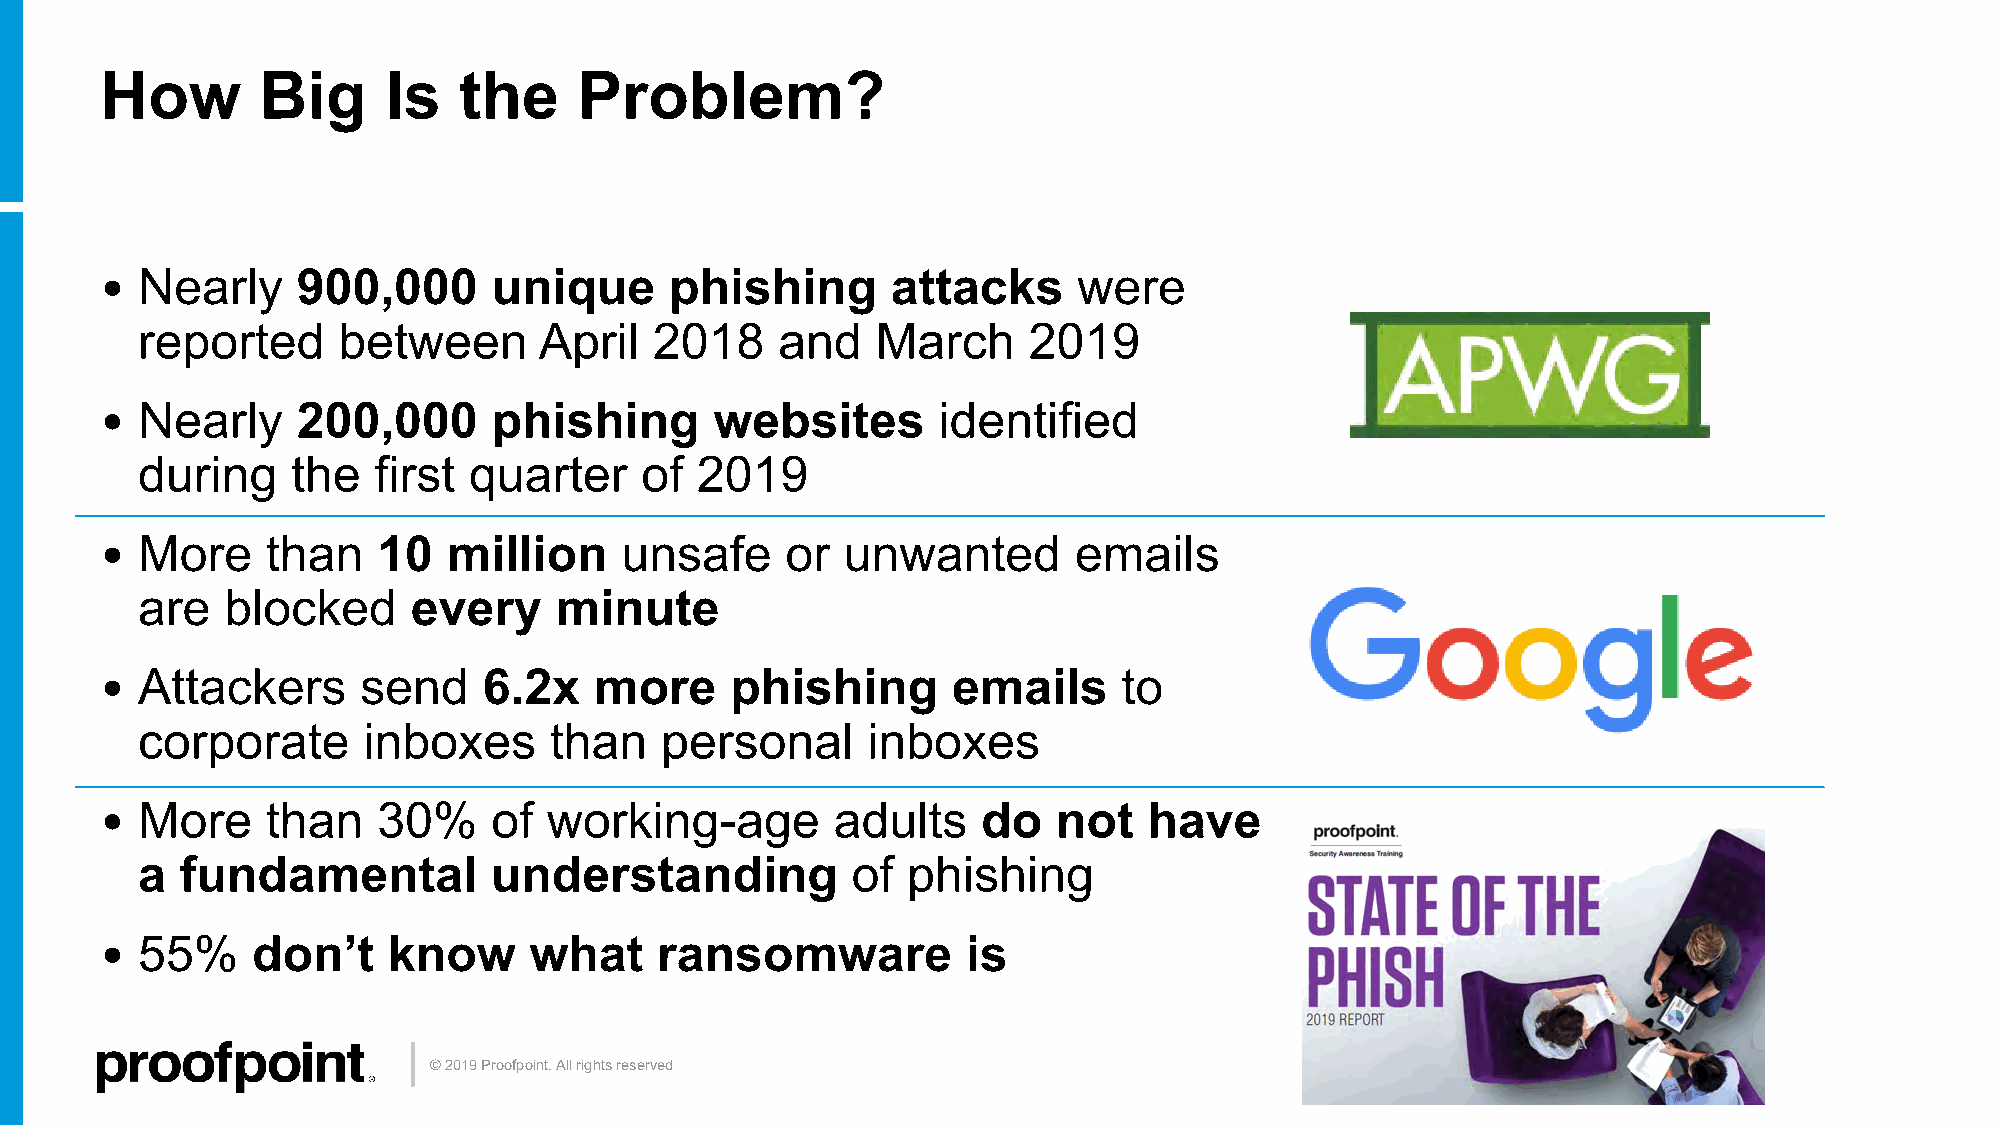
How       Big     Is   the     Problem?
 • Nearly     900,000      unique     phishing       attacks     were
 reported     between       April  2018     and   March     2019
 • Nearly     200,000      phishing      websites       identified
 during    the   first quarter    of  2019
 • More     than   10   million    unsafe     or  unwanted       emails
 are   blocked     every     minute
 • Attackers      send    6.2x   more     phishing       emails     to
 corporate      inboxes     than    personal     inboxes
 • More     than   30%     of working-age        adults    do   not   have
 a  fundamental         understanding           of  phishing
 • 55%     don’t    know     what    ransomware           is
 © 2019 Proofpoint. All rights reserved